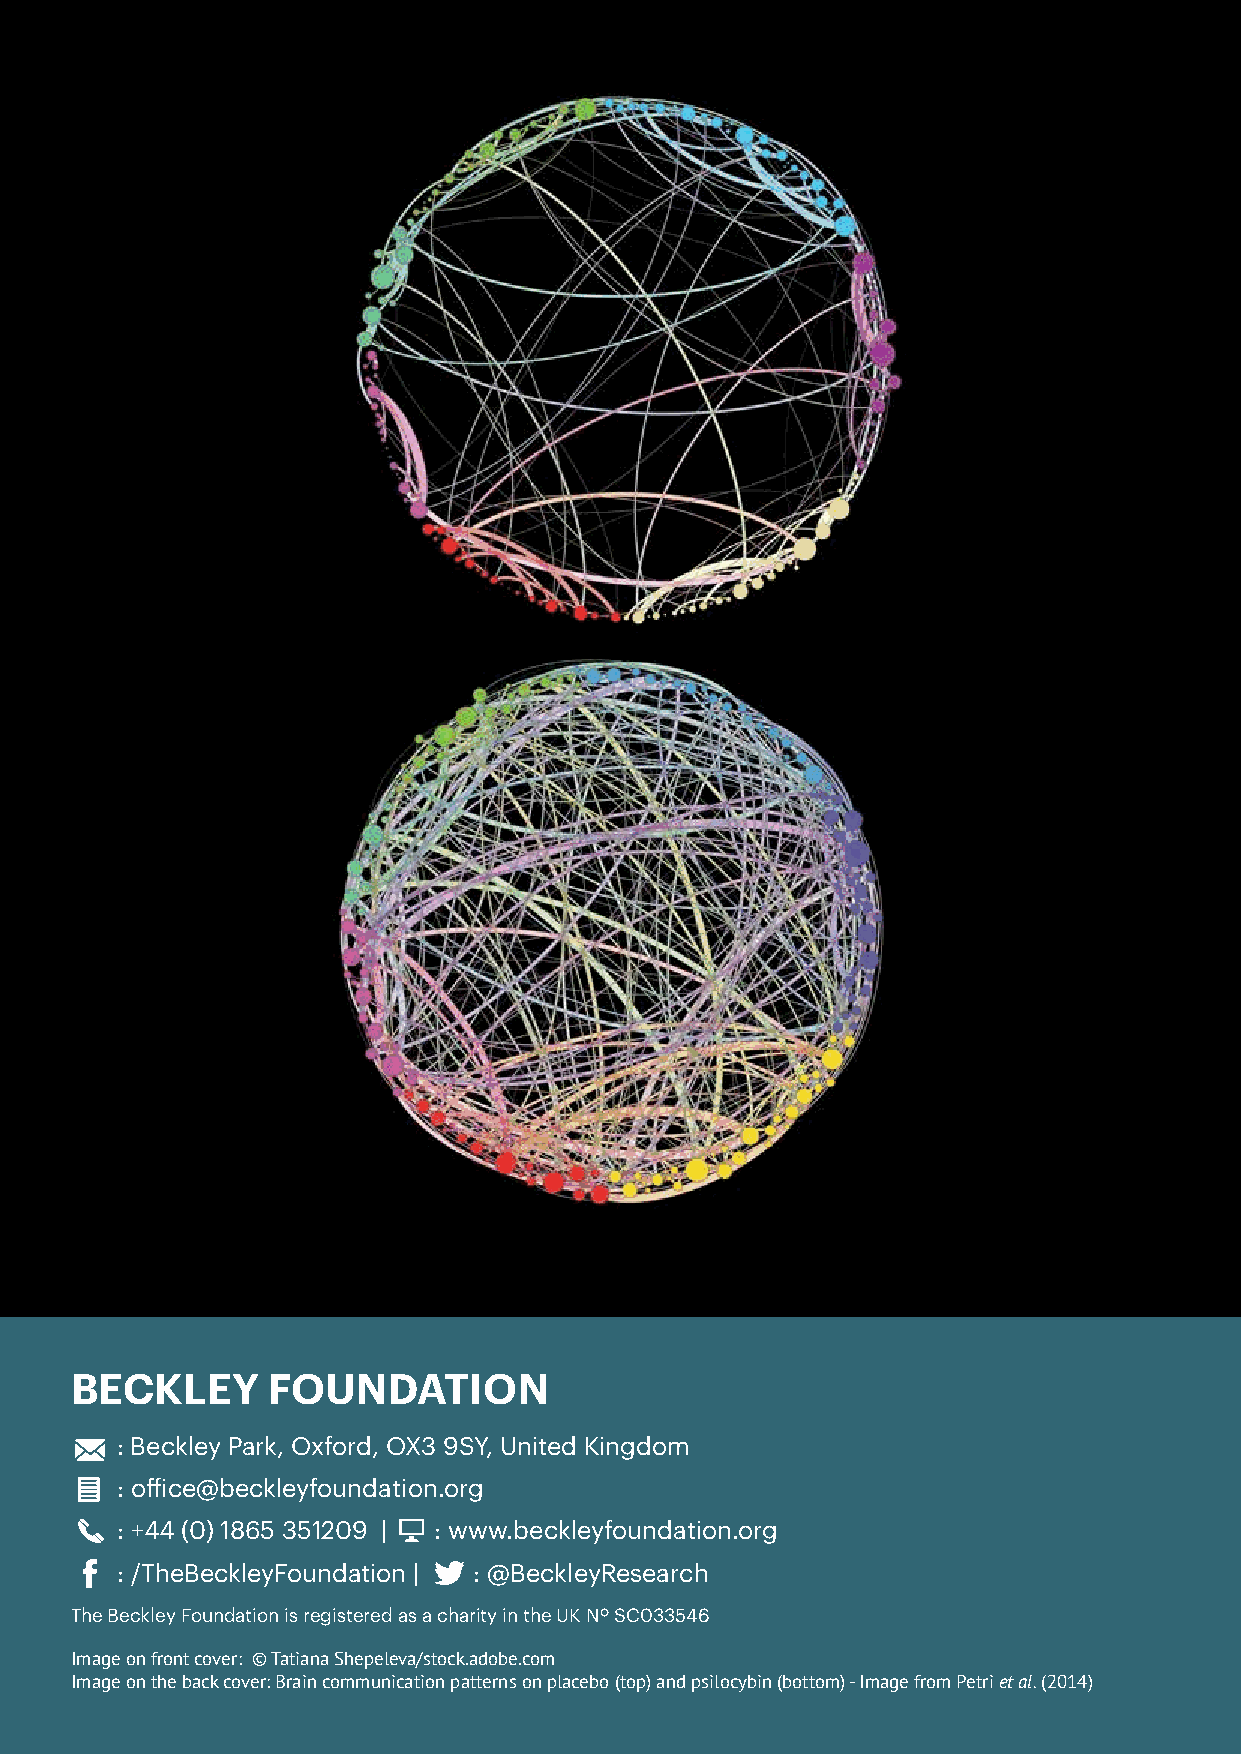
BECKLEY      FOUNDATION
 : Beckley Park, Oxford, OX3 9SY, United Kingdom
 : office@beckleyfoundation.org
 : +44 (0) 1865 351209 | : www.beckleyfoundation.org
 : /TheBeckleyFoundation | : @BeckleyResearch
 The Beckley Foundation is registered as a charity in the UK Nº SC033546
 Image on front cover: © Tatiana Shepeleva/stock.adobe.com
 Image on the back cover: Brain communication patterns on placebo (top) and psilocybin (bottom) - Image from Petri et al. (2014)